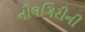
નીલગિરીની